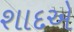
શાદએ